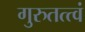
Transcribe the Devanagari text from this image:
गुरुतत्त्वं